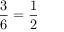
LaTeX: { \frac { 3 } { 6 } } = { \frac { 1 } { 2 } }